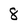
Character: 8